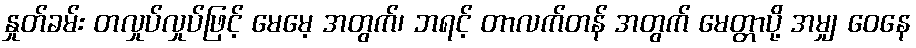
နှုတ်ခမ်း တလှုပ်လှုပ်ဖြင့် မေမေ့ အတွက်၊ ဘရင့် တာလက်တန် အတွက် မေတ္တာပို့ အမျှ ဝေနေ